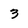
Character: 3